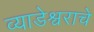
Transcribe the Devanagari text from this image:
व्याडेश्वराचे